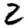
Digit: 2